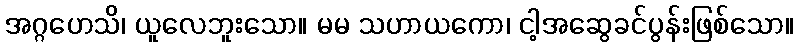
အဂ္ဂဟေသိ၊ ယူလေဘူးသော။ မမ သဟာယကော၊ ငါ့အဆွေခင်ပွန်းဖြစ်သော။